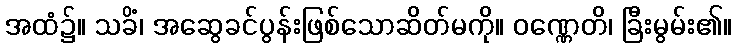
အထံ၌။ သခိံ၊ အဆွေခင်ပွန်းဖြစ်သောဆိတ်မကို။ ဝဏ္ဏေတိ၊ ခြီးမွမ်း၏။